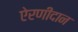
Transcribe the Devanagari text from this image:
ऐरणीदान